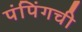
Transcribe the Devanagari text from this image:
पंपिंगची